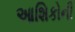
આશિકોની